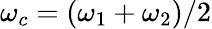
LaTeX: \omega_{c}=(\omega_{1}+\omega_{2})/2